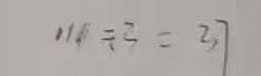
1 1 0 \div 3 = 3 7